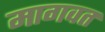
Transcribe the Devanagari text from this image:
मागवत